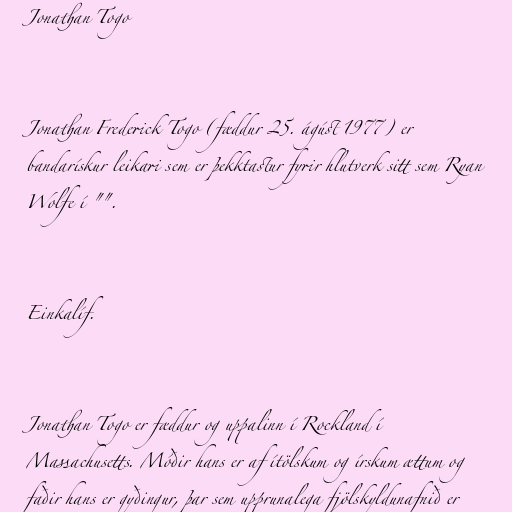
Jonathan Togo

Jonathan Frederick Togo (fæddur 25. ágúst 1977) er
bandarískur leikari sem er þekktastur fyrir hlutverk sitt sem Ryan
Wolfe í "".

Einkalíf.

Jonathan Togo er fæddur og uppalinn í Rockland í
Massachusetts. Móðir hans er af ítölskum og írskum ættum og
faðir hans er gyðingur, þar sem upprunalega fjölskyldunafnið er